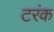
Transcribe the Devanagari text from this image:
टरंक